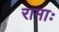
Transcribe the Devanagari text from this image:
रामाः